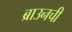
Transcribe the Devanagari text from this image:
ब्राउनची